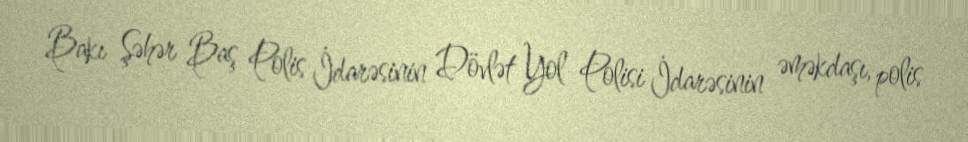
Bakı Şəhər Baş Polis İdarəsinin Dövlət Yol Polisi İdarəsinin əməkdaşı, polis